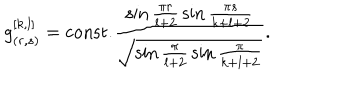
LaTeX: g _ { ( r , s ) } ^ { [ k , l ] } = \mathrm { c o n s t . } { \frac { \sin { \frac { \pi r } { l + 2 } } \sin { \frac { \pi s } { k + l + 2 } } } { \sqrt { \sin { \frac { \pi } { l + 2 } } \sin { \frac { \pi } { k + l + 2 } } } } } .